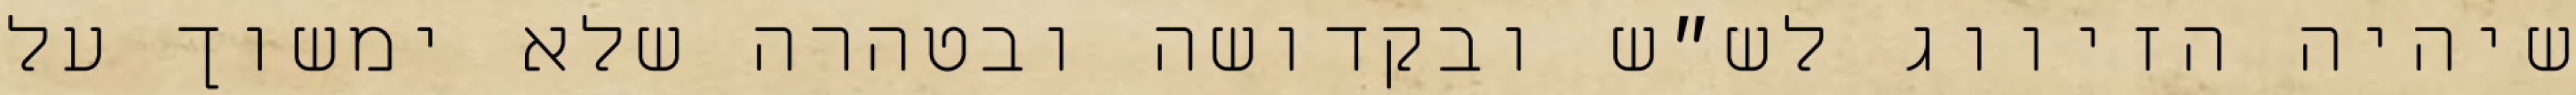
שיהיה הזיווג לש״ש ובקדושה ובטהרה שלא ימשוך על